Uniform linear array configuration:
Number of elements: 12
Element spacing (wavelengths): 0.75
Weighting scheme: hamming
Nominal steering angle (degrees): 60
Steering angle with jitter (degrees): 61.919
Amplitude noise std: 0.05
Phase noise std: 0.05

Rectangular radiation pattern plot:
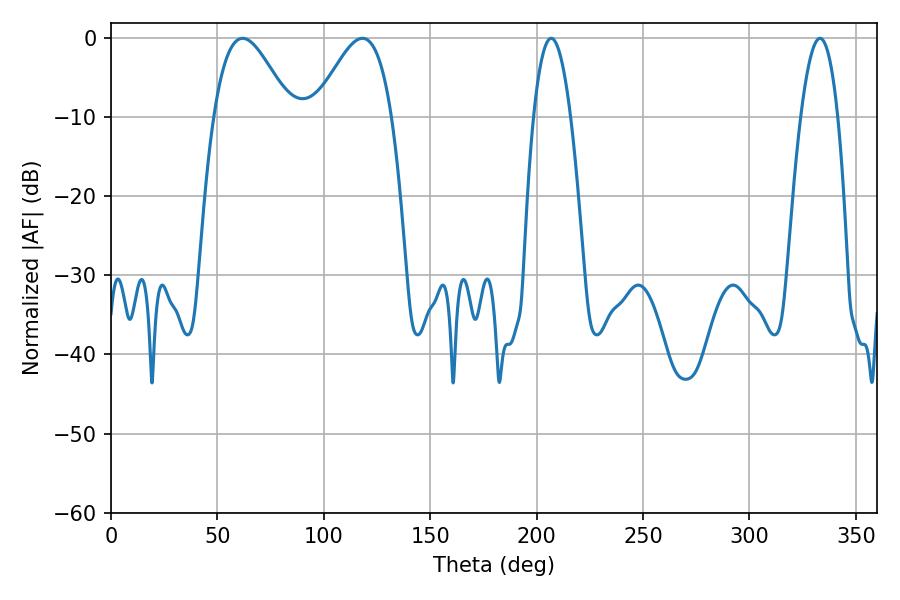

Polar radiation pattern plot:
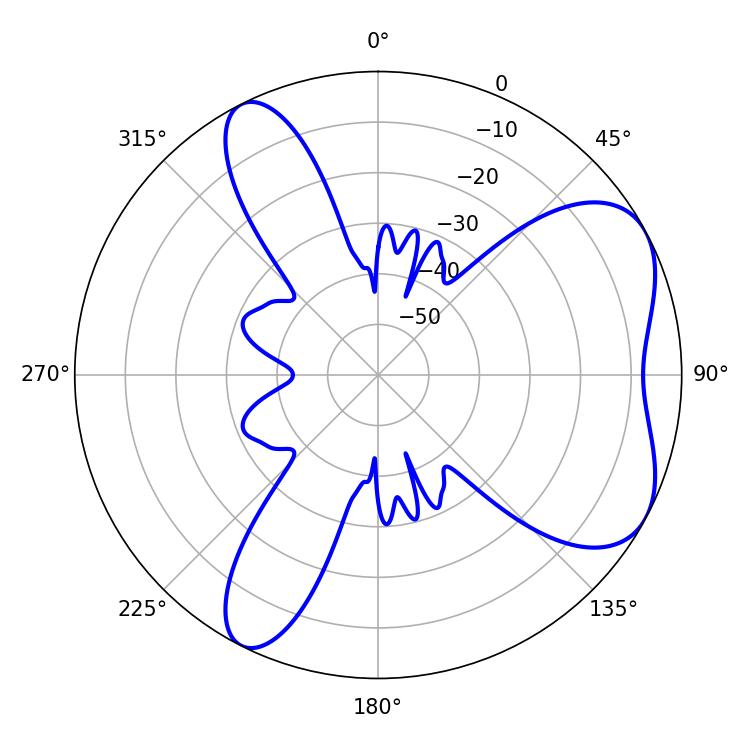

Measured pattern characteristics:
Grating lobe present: TRUE
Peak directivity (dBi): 5.816
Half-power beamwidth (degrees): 9.54
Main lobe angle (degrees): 206.82